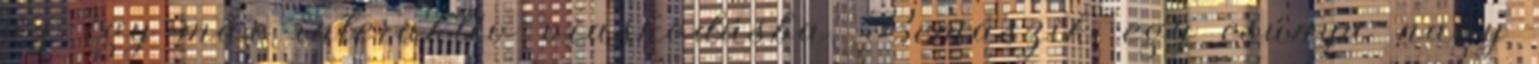
az így már interaktív viaskodásba. Bemászik egy csúnya nagy